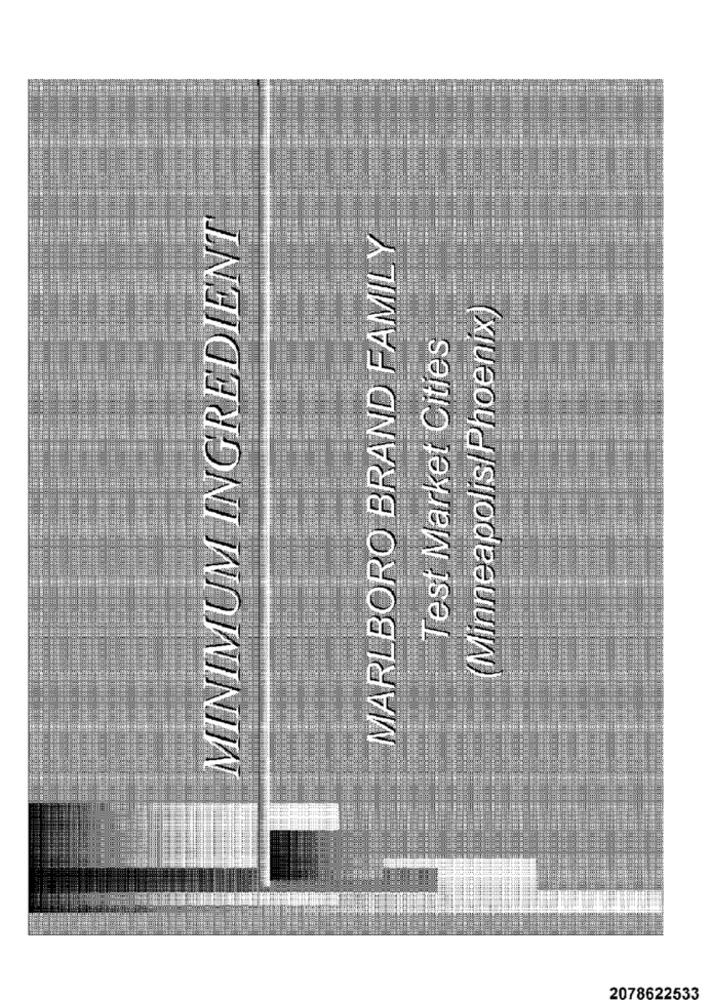
MINIMUM INGREDIENT
MARLBORO BRAND FAMILY
(Minneapolis/Phoenix)
Test Market Cities
2078622533